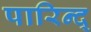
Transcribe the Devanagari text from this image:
पारिन्द्